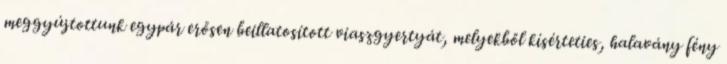
meggyújtottunk egypár erősen beillatosított viaszgyertyát, melyekből kísérteties, halavány fény